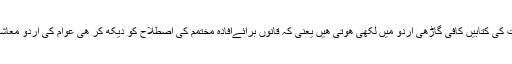
یہ بھی اھم ھے کہ ھماری معاشیات کی کتابیں کافی گاڑھی اردو میں لکھی ھوتی ھیں یعنی کہ قانوں برائےافادہ مختمم کی اصطلاح کو دیکھ کر ھی عوام کی اردو معاشی علم کی پیاس سڑ بُجھ جاتی ھے۔